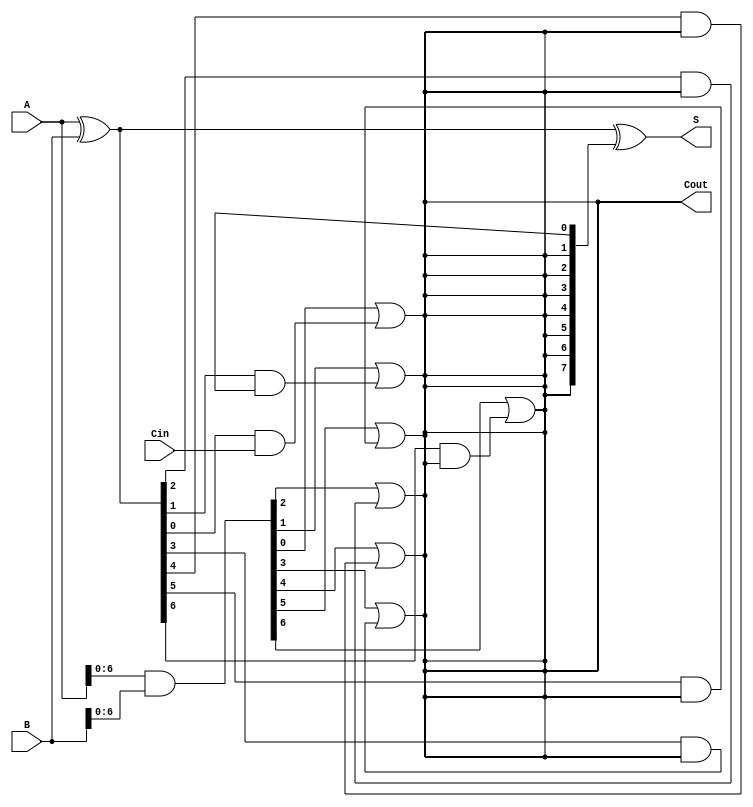
module SklanskyAdder #(
    parameter N = 8 // Parameter to define the width of the adder
)(
    input  [N-1:0] A,    // First n-bit input
    input  [N-1:0] B,    // Second n-bit input
    input         Cin,    // Carry in signal
    output [N-1:0] S,     // n-bit sum output
    output        Cout     // Carry out signal
);

    wire [N-1:0] G; // Generate signals
    wire [N-1:0] P; // Propagate signals
    wire [N:0] C;   // Carry signals

    // Generate and Propagate computations
    assign G = A & B;             // Generate
    assign P = A ^ B;             // Propagate

    // Carry calculation using Sklansky carry tree
    assign C[0] = Cin;            // Initial carry in

    genvar i, j;
    generate
        // Compute carry signals in a hierarchical manner
        for (i = 0; i < N; i = i + 1) begin
            for (j = 1; j <= i; j = j + 1) begin
                if (i - j >= 0) begin
                    assign C[i + 1] = G[i - j] | (P[i - j] & C[i - j]);
                end
            end
        end
    endgenerate

    // Sum calculation
    assign S = P ^ C[N:1];  // S[i] = P[i]  C[i]

    // Final carry out
    assign Cout = C[N];     // Final carry out

endmodule